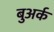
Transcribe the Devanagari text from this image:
बुअर्क